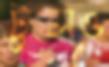
টুলও